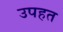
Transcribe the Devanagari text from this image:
उपहत